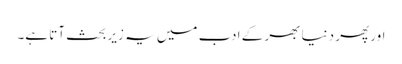
اور پھر دنیا بھر کے ادب میں یہ زیر بحث آتا ہے۔